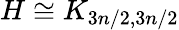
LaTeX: H\cong K_{3n/2,3n/2}